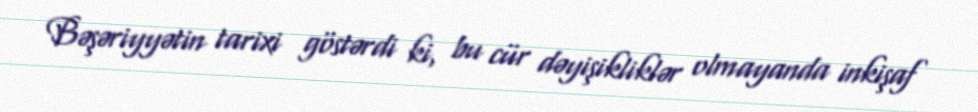
Bəşəriyyətin tarixi göstərdi ki, bu cür dəyişikliklər olmayanda inkişaf